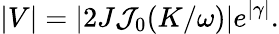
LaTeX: |V|=|2J{\cal J}_{0}(K/\omega)|e^{|\gamma|}.